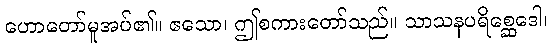
ဟောတော်မူအပ်၏။ ဧသော၊ ဤစကားတော်သည်။ သာသနပရိစ္ဆေဒေါ၊